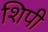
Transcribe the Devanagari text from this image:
शिपी